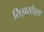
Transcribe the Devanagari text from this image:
सिझरहँड्स